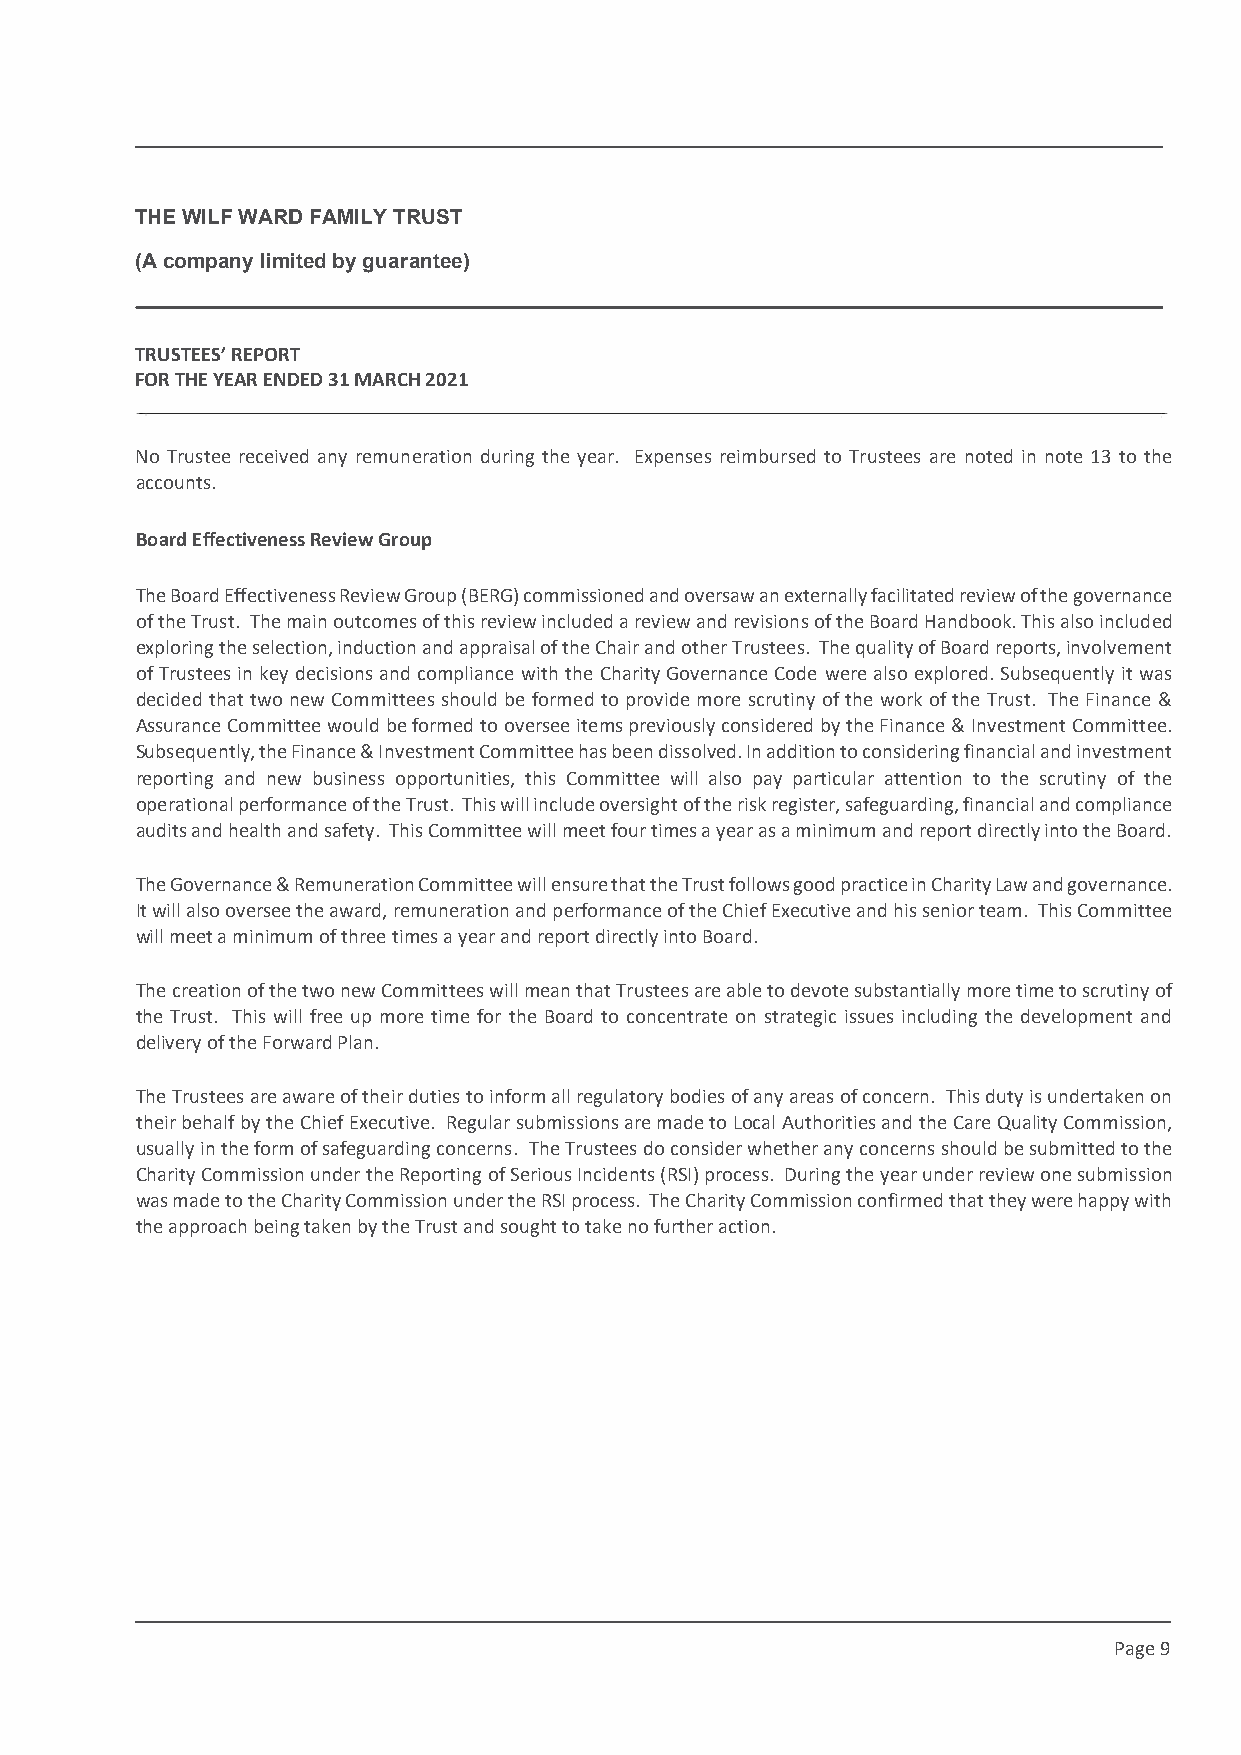
This draft produced on 28/7/2021 11:34
 THE WILF WARD FAMILY TRUST
 (A company limited by guarantee)
 TRUSTEES’ REPORT
 FOR THE YEAR ENDED 31 MARCH 2021
 No Trustee received any remuneration during the year. Expenses reimbursed to Trustees are noted in note 13 to the
 accounts.
 Board EffectivenessReview Group
 The Board Effectiveness Review Group (BERG) commissioned and oversaw an externally facilitated review of the governance
 of the Trust. The main outcomes of this review included a review and revisions of the Board Handbook. This also included
 exploring the selection, induction and appraisal of the Chair and other Trustees. The quality of Board reports, involvement
 of Trustees in key decisions and compliance with the Charity Governance Code were also explored. Subsequently it was
 decided that two new Committees should be formed to provide more scrutiny of the work of the Trust. The Finance &
 Assurance Committee would be formed to oversee items previously considered by the Finance & Investment Committee.
 Subsequently, the Finance & Investment Committee has been dissolved. In addition to considering financial and investment
 reporting and new business opportunities, this Committee will also pay particular attention to the scrutiny of the
 operational performance of the Trust. This will include oversight of the risk register, safeguarding, financial and compliance
 audits and health and safety. This Committee will meet four times a year as a minimum and report directly into the Board.
 The Governance & Remuneration Committee will ensure that the Trust follows good practice in Charity Law and governance.
 It will also oversee the award, remuneration and performance of the Chief Executive and his senior team. This Committee
 will meet a minimum of three times a year and report directly into Board.
 The creation of the two new Committees will mean that Trustees are able to devote substantially more time to scrutiny of
 the Trust. This will free up more time for the Board to concentrate on strategic issues including the development and
 delivery of the Forward Plan.
 The Trustees are aware of their duties to inform all regulatory bodies of any areas of concern. This duty is undertaken on
 their behalf by the Chief Executive. Regular submissions are made to Local Authorities and the Care Quality Commission,
 usually in the form of safeguarding concerns. The Trustees do consider whether any concerns should be submitted to the
 Charity Commission under the Reporting of Serious Incidents (RSI) process. During the year under review one submission
 was made to the Charity Commission under the RSI process. The Charity Commission confirmed that they were happy with
 the approach being taken by the Trust and sought to take no further action.
 Page 9